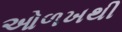
ઓળખથી